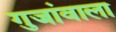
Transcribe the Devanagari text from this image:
गुजांवाला